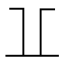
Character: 𠀌